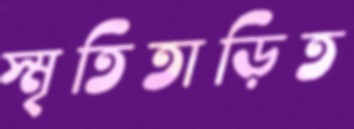
স্মৃতিতাড়িত